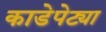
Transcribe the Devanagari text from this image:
काडेपेट्या